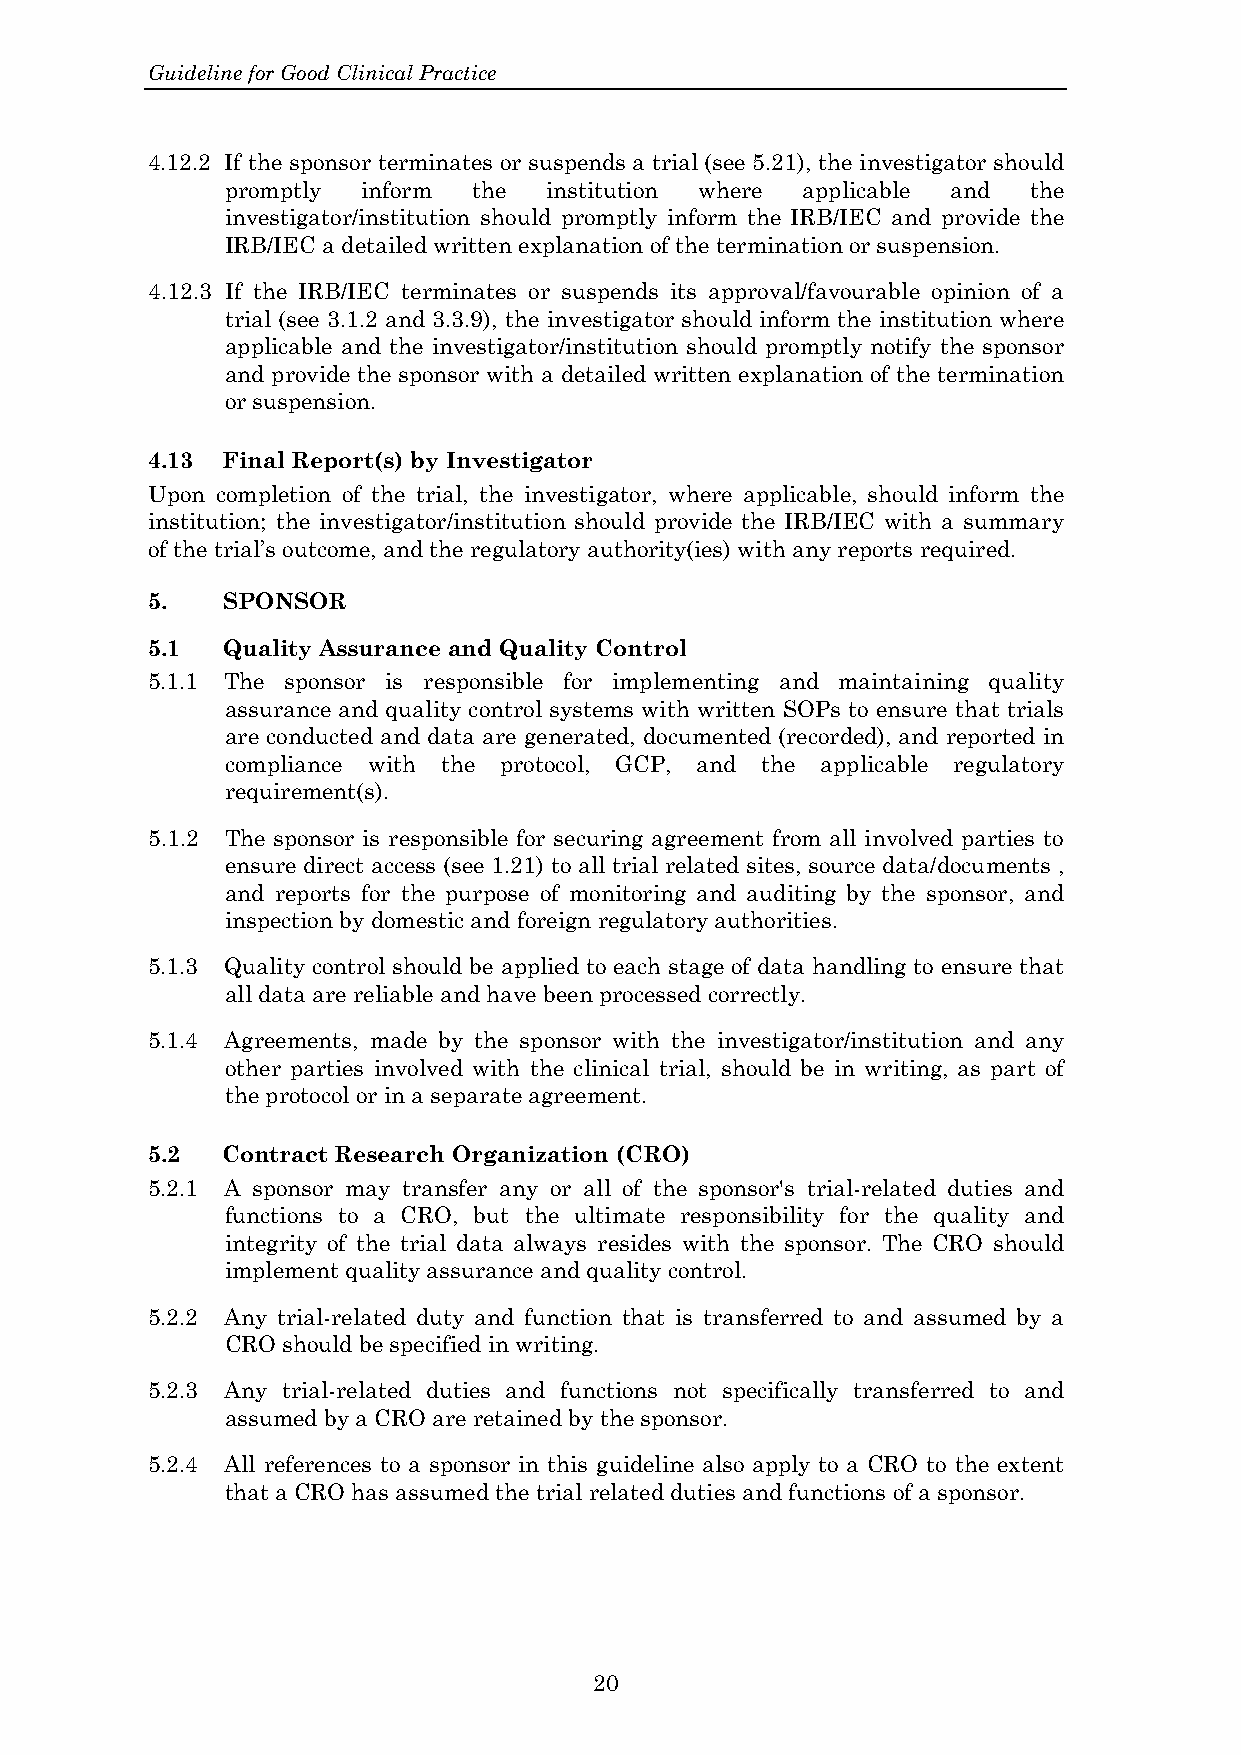
Guideline for Good Clinical Practice
 4.12.2 If the sponsor terminates or suspends a trial (see 5.21), the investigator should
 promptly inform the  institution where applicable and the
 investigator/institution should promptly inform the IRB/IEC and provide the
 IRB/IEC a detailed written explanation of the termination or suspension.
 4.12.3 If the IRB/IEC terminates or suspends its approval/favourable opinion of a
 trial (see 3.1.2 and 3.3.9), the investigator should inform the institution where
 applicable and the investigator/institution should promptly notify the sponsor
 and provide the sponsor with a detailed written explanation of the termination
 or suspension.
 4.13 Final Report(s) by Investigator
 Upon completion of the trial, the investigator, where applicable, should inform the
 institution; the investigator/institution should provide the IRB/IEC with a summary
 of the trial’s outcome, and the regulatory authority(ies) with any reports required.
 5.   SPONSOR
 5.1  Quality Assurance and Quality Control
 5.1.1 The sponsor is responsible for implementing and maintaining quality
 assurance and quality control systems with written SOPs to ensure that trials
 are conducted and data are generated, documented (recorded), and reported in
 compliance with the protocol, GCP, and the applicable regulatory
 requirement(s).
 5.1.2 The sponsor is responsible for securing agreement from all involved parties to
 ensure direct access (see 1.21) to all trial related sites, source data/documents ,
 and reports for the purpose of monitoring and auditing by the sponsor, and
 inspection by domestic and foreign regulatory authorities.
 5.1.3 Quality control should be applied to each stage of data handling to ensure that
 all data are reliable and have been processed correctly.
 5.1.4 Agreements, made by the sponsor with the investigator/institution and any
 other parties involved with the clinical trial, should be in writing, as part of
 the protocol or in a separate agreement.
 5.2  Contract Research Organization (CRO)
 5.2.1 A sponsor may transfer any or all of the sponsor's trial-related duties and
 functions to a CRO, but the ultimate responsibility for the quality and
 integrity of the trial data always resides with the sponsor. The CRO should
 implement quality assurance and quality control.
 5.2.2 Any trial-related duty and function that is transferred to and assumed by a
 CRO should be specified in writing.
 5.2.3 Any trial-related duties and functions not specifically transferred to and
 assumed by a CRO are retained by the sponsor.
 5.2.4 All references to a sponsor in this guideline also apply to a CRO to the extent
 that a CRO has assumed the trial related duties and functions of a sponsor.
 20